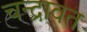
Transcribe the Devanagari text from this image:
चन्द्रावत